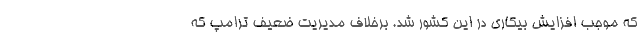
که موجب افزایش بیکاری در این کشور شد. برخلاف مدیریت ضعیف ترامپ که